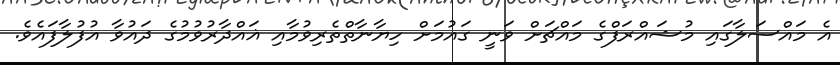
އެ މައްސަލާގައި މުޝައްރަފްގެ މައްޗަށް ވަނީ ގައުމަށް ހިޔާނާތްތެރިވުމާއި ޣައްދާރުވުމުގެ ދައުވާ އުފުލާފައެވެ.